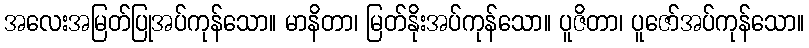
အလေးအမြတ်ပြုအပ်ကုန်သော။ မာနိတာ၊ မြတ်နိုးအပ်ကုန်သော။ ပူဇိတာ၊ ပူဇော်အပ်ကုန်သော။